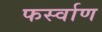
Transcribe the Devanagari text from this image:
फर्स्वाण